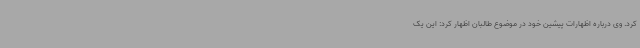
کرد. وی درباره‌ اظهارات پیشین خود در موضوع طالبان اظهار کرد: این یک